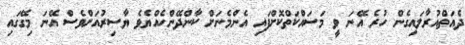
ދެއަތްއުރާލައިގެން ހުރެ އޭނަ ވީ މަސައްކަތްކޮށްފައި އެންމެނަށް ކާންދޭންހެއްޔެވެ ޔާސިރުއަށްވެސް އޭނަ މިގޭގައި